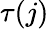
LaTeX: \tau(j)